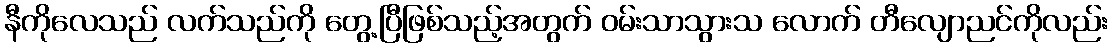
နီကိုလေသည် လက်သည်ကို တွေ့ပြီဖြစ်သည့်အတွက် ဝမ်းသာသွားသ လောက် တီလျောညင်ကိုလည်း